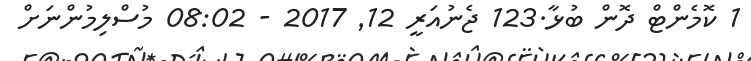
1 ކޮމެންޓް ދޮން ބުޅާ.123 ޖެނުއަރީ 12